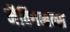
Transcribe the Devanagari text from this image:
मैक्गिब्बन्स